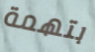
بتهمة